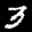
Label: 3